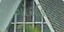
ગોરડિયા